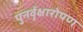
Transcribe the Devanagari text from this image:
पुनर्वृक्षारोपण